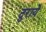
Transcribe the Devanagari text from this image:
दुराये